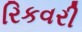
રિકવરી